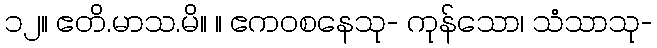
၁၂။ ဧတိ.မာသ.မိ။ ။ ဧကဝစနေသု- ကုန်သော၊ သံသာသု-